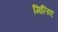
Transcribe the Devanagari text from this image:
मिलिए